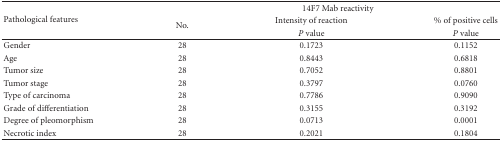
<table><thead><tr><td rowspan="3"><b> Pathological features</b></td><td colspan="3"><b>14F7 Mab reactivity</b></td></tr><tr><td rowspan="2"><b>No.</b></td><td><b>Intensity of reaction</b></td><td><b>% of positive cells</b></td></tr><tr><td><b><i>P</i> value</b></td><td><b><i>P</i> value</b></td></tr></thead><tbody><tr><td>Gender</td><td>28</td><td>0.1723</td><td>0.1152</td></tr><tr><td>Age</td><td>28</td><td>0.8443</td><td>0.6818</td></tr><tr><td>Tumor size</td><td>28</td><td>0.7052</td><td>0.8801</td></tr><tr><td>Tumor stage</td><td>28</td><td>0.3797</td><td>0.0760</td></tr><tr><td>Type of carcinoma</td><td>28</td><td>0.7786</td><td>0.9090</td></tr><tr><td>Grade of differentiation</td><td>28</td><td>0.3155</td><td>0.3192</td></tr><tr><td>Degree of pleomorphism</td><td>28</td><td>0.0713</td><td>0.0001</td></tr><tr><td>Necrotic index</td><td>28</td><td>0.2021</td><td>0.1804</td></tr></tbody></table>